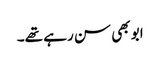
ابو بھی سن رہے تھے۔